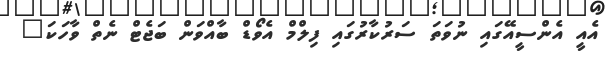
އެއީ އެންސީއޭގައި ނުވަތަ ސަރުކާރުގައި ފިލްމް އެވޯޑް ބާއްވަން ބަޖެޓް ނެތް ވާހަކަ"